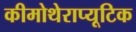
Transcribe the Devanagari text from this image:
कीमोथेराप्यूटिक